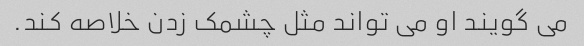
می گویند او می تواند مثل چشمک زدن خلاصه کند.